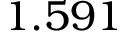
1 . 5 9 1